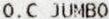
O.C JUMBO